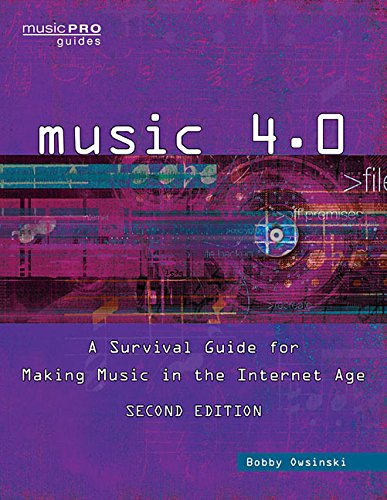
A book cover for Music 4.0: A Survival Guide for Making Music in the Internet Age Second Edition; Bobby Owsinski; Reference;